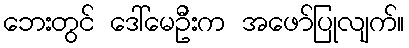
ဘေးတွင် ဒေါ်မေဦးက အဖော်ပြုလျက်။